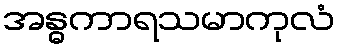
အန္ဓကာရသမာကုလံ